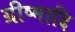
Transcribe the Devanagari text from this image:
ग्रीष्मादि